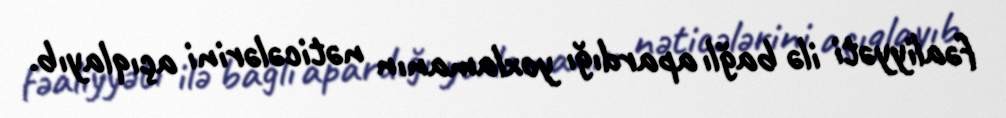
fəaliyyəti ilə bağlı apardığı yoxlamanın nəticələrini açıqlayıb.